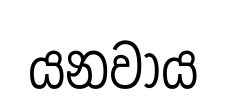
යනවාය